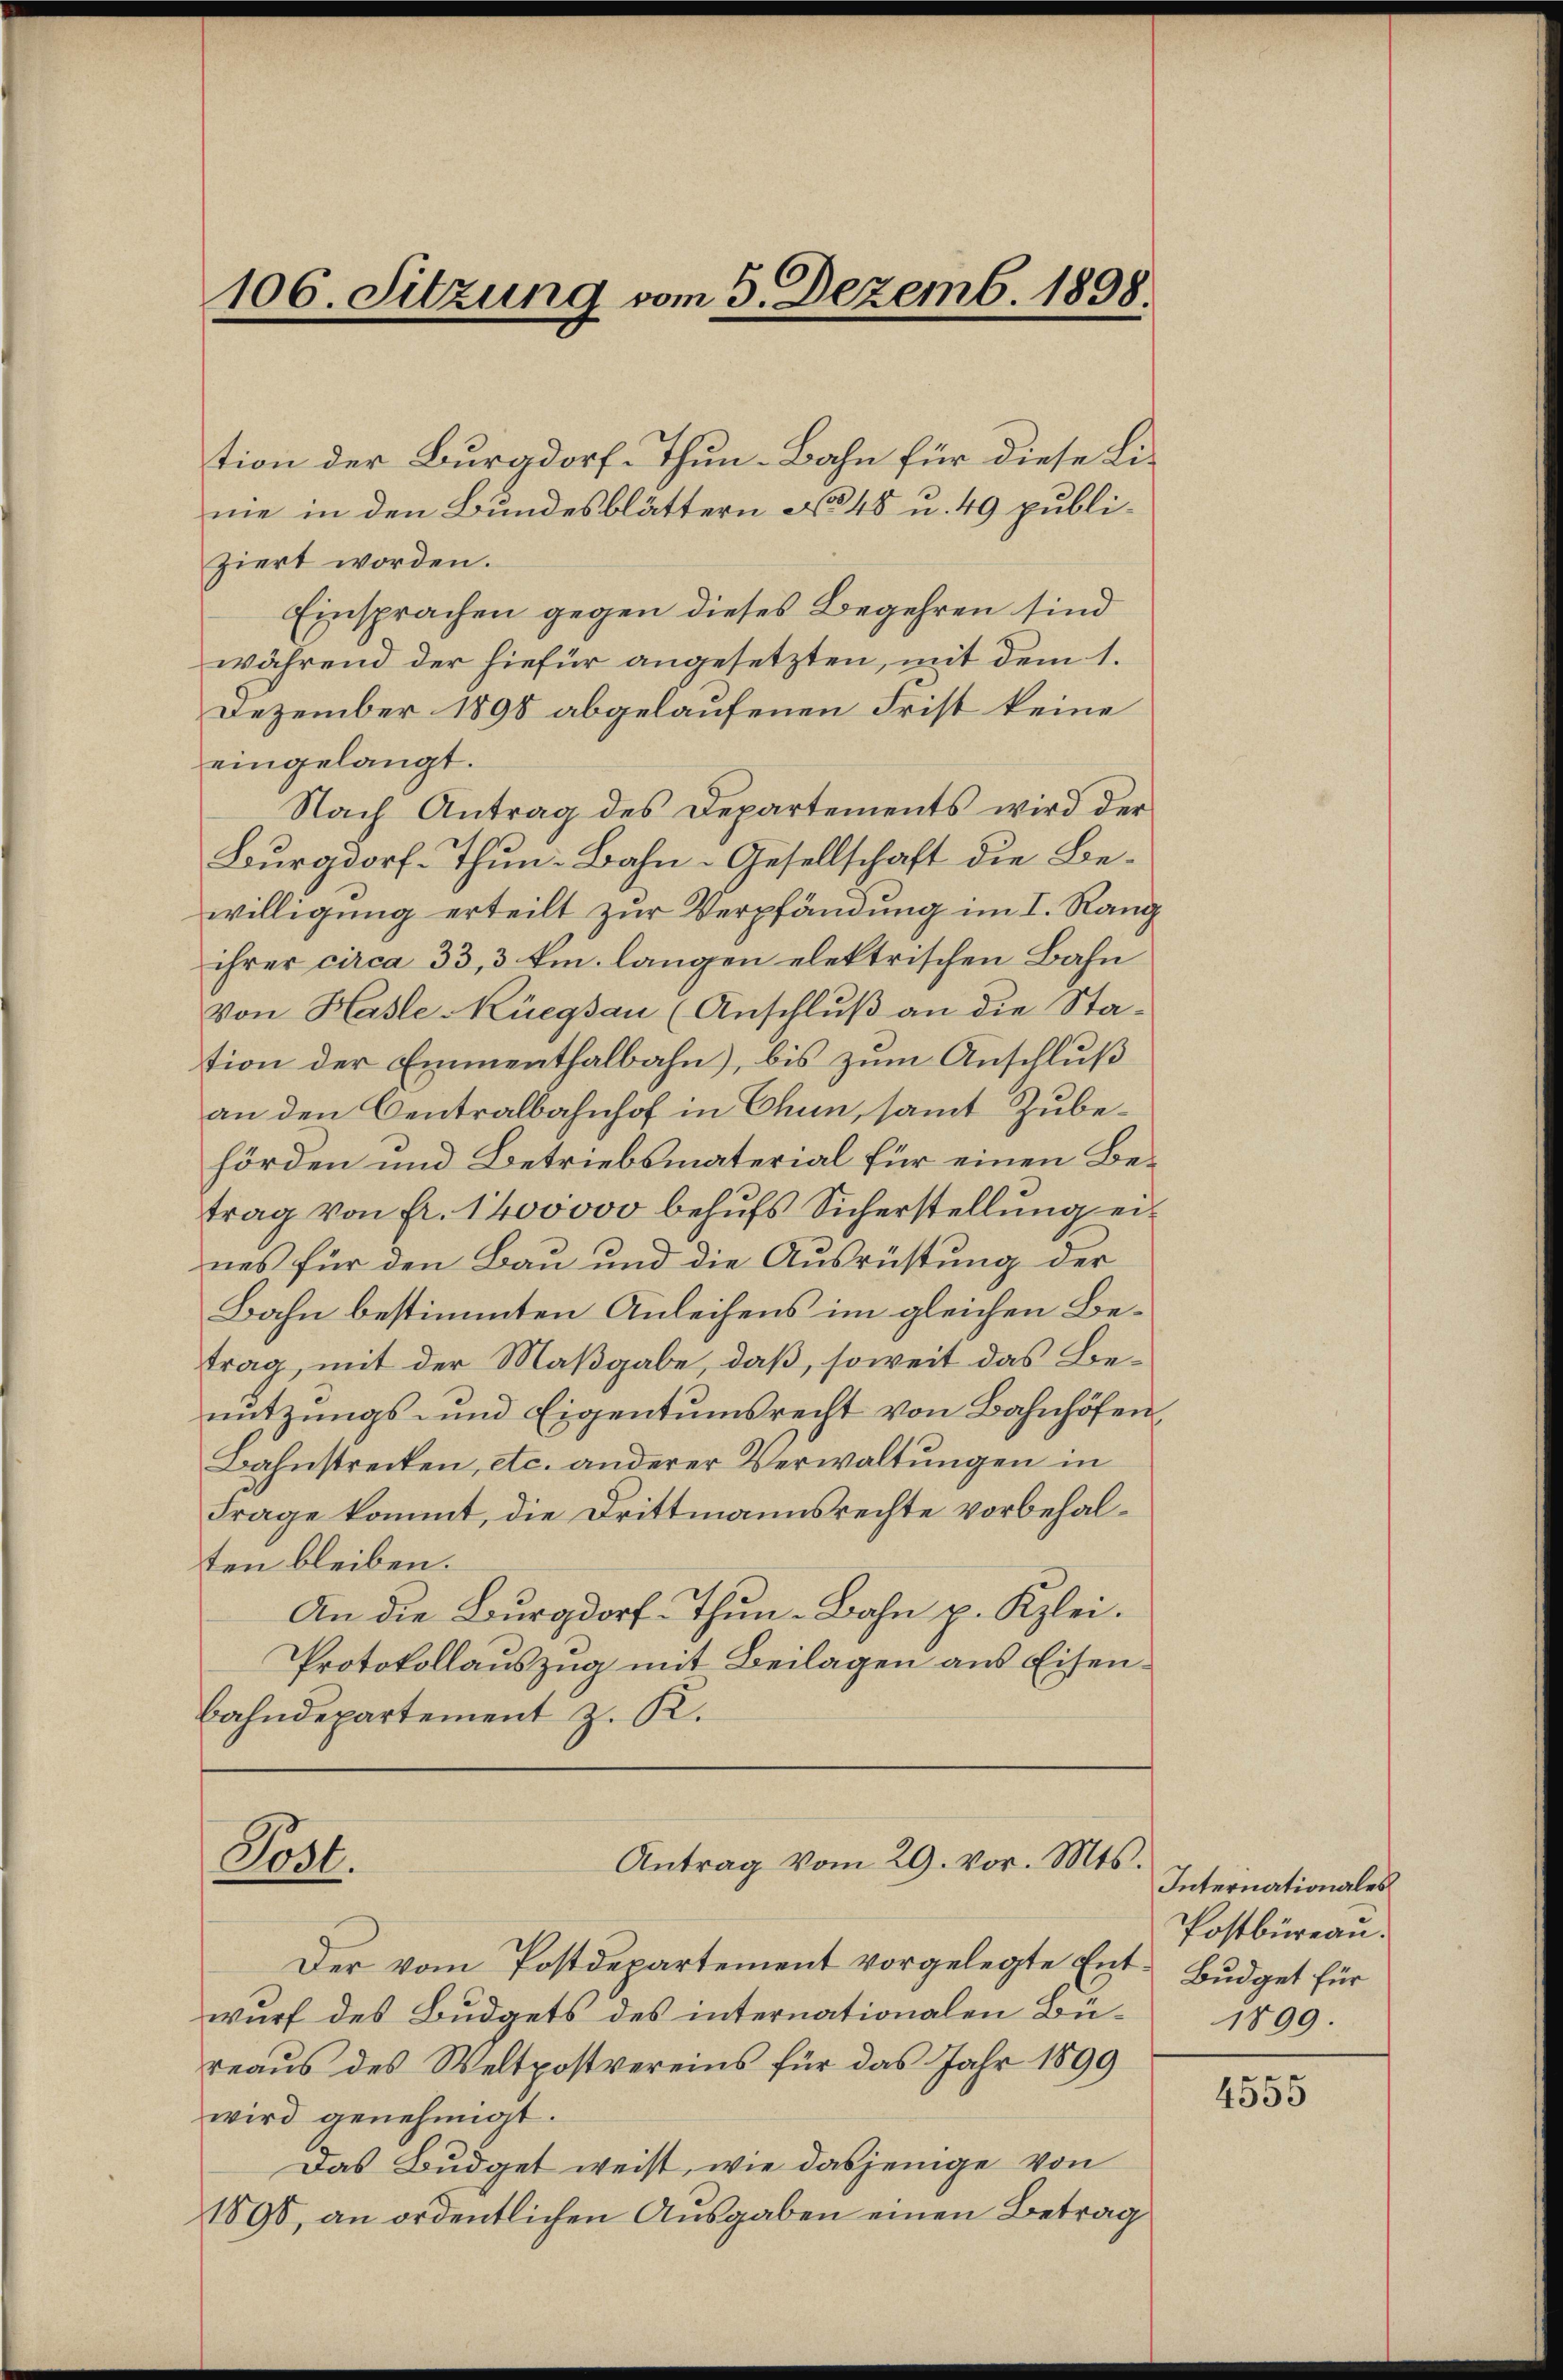
106. Sitzung vom 5. Dezemb. 1898.

tion der Burgdorf-Thun-Bahn für diese Lime in den Bundesblättern No 48 u. 49 publiziert worden.
Einsprachen gegen dieses Begehren sind
während der hiefür angesetzten, mit dem 1.
Dezember 1890 abgelaufenen Frist keine
eingelangt.
Nach Antrag des Departements wird der
Burgdorf-Thun-Bahn-Gesellschaft die Bewilligung erteilt zur Verpfändung im I. Rang
ihrer circa 33, 3 km. langen elektrischen Bahn
Von Hasle-Küegsau (Anschluß an die Station der Emmenthalbahn, bis zum Anschluß
an den Centralbahnhof in Chun, samt Zubehörden und Betriebsmaterial für einen Betrag von Fr. 1400000 behufs Sicherstellung eines für den Bau und die Ausrüstung der
Bahn bestimmten Anleihens im gleichen Betrag, mit der Maßgabe, daß, soweit das Benutzungs- und Eigentumsrecht von Bahnhöfen,
Bahnstrecken, etc. anderer Verwaltungen in
Frage kommt, die Drittmannsrechte vorbehalten bleiben.
An die Burgdorf-Thun-Bahn p. Kzlei.
Protokollauszug mit Beilagen aus Eisenbahndepartement z. R.

Antrag vom 29. vor. Mts.
Post.

Der vom Postdepartement vorgelegte Ent- Budget für
wurf des Budgets des internationalen Büreaus des Weltpostvereins für das Jahr 1899
wird genehmigt.
Das Budget weist, wie dasjenige von
1896, an ordentlichen Ausgaben einen Betrag

Internationales
Postbüreau.
1899.

4555